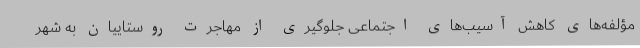
مؤلفه‌های کاهش آسیب‌های اجتماعی جلوگیری از مهاجرت روستاییان به شهر